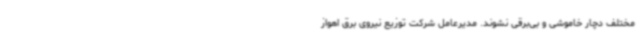
مختلف دچار خاموشی و بی‌برقی نشوند. مدیرعامل شرکت توزیع نیروی برق اهواز